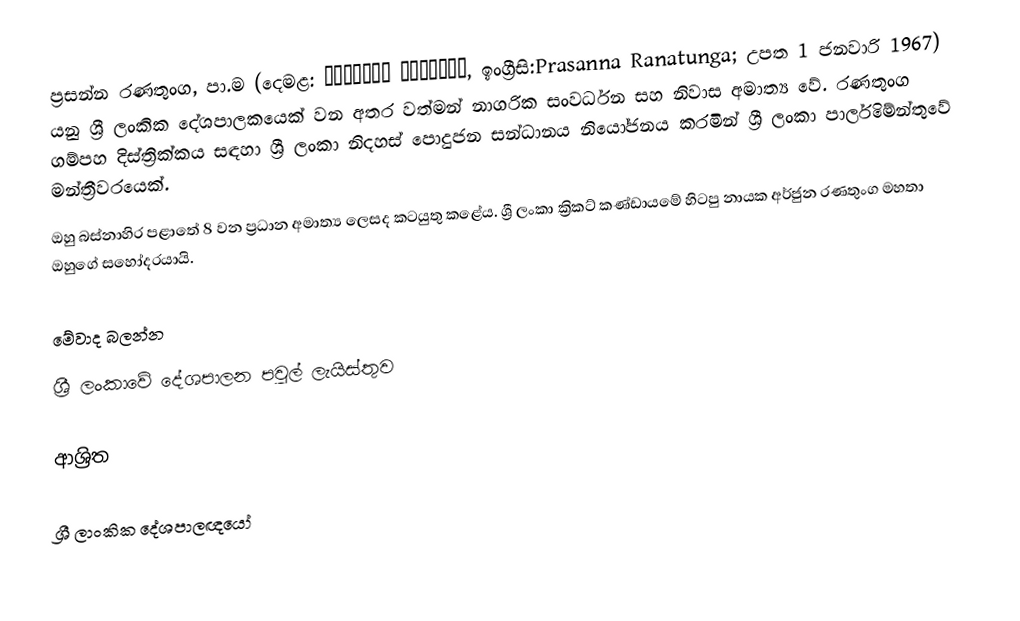
ප්‍රසන්න රණතුංග, පා.ම (දෙමළ: பிரசன்ன ரணதுங்க, ඉංග්‍රීසි:Prasanna Ranatunga; උපත 1 ජනවාරි 1967) යනු ශ්‍රී ලංකික දේශපාලකයෙක් වන අතර වත්මන් නාගරික සංවර්ධන සහ නිවාස අමාත්‍ය වේ. රණතුංග ගම්පහ දිස්ත්‍රික්කය සඳහා ශ්‍රී ලංකා නිදහස් පොදුජන සන්ධානය නියෝජනය කරමින් ශ්‍රී ලංකා පාර්ලිමේන්තුවේ මන්ත්‍රීවරයෙක්.
ඔහු බස්නාහිර පළාතේ 8 වන ප්‍රධාන අමාත්‍ය ලෙසද කටයුතු කළේය. ශ්‍රී ලංකා ක්‍රිකට් කණ්ඩායමේ හිටපු නායක අර්ජුන රණතුංග මහතා ඔහුගේ සහෝදරයායි.

මේවාද බලන්න
ශ්‍රී ලංකාවේ දේශපාලන පවුල් ලැයිස්තුව

ආශ්‍රිත

ශ්‍රී ලාංකික දේශපාලඥයෝ